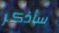
سأذكر